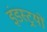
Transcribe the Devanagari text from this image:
इंडस्ट्र्यों